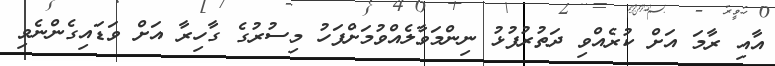
އާއި ރާމަ އަށް ކުރެއްވި ދަތުރުފުޅު ނިންމަވާލެއްވުމަށްފަހު މިސުރުގެ ގާހިރާ އަށް ވަޑައިގެންނެވި